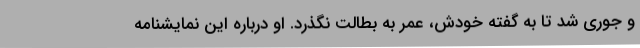
و جوری شد تا به گفته خودش، عمر به بطالت نگذرد. او درباره این نمایشنامه